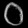
Digit: ၀